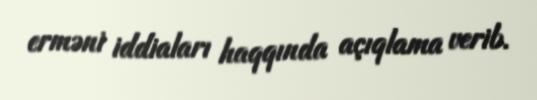
erməni iddiaları haqqında açıqlama verib.